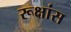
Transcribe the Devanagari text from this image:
रूक्षांस